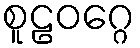
စူဠဝဂ္ဂေ